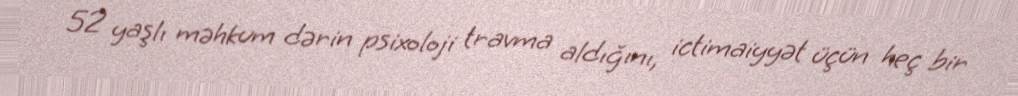
52 yaşlı məhkum dərin psixoloji travma aldığını, ictimaiyyət üçün heç bir